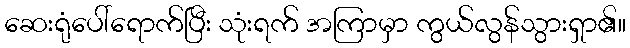
ဆေးရုံပေါ်ရောက်ပြီး သုံးရက် အကြာမှာ ကွယ်လွန်သွားရှာ၏။